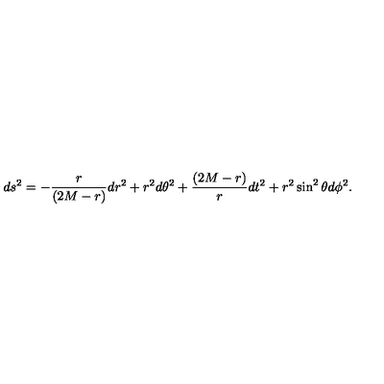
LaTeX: d s ^ { 2 } = - { \frac { r } { ( 2 M - r ) } } d r ^ { 2 } + r ^ { 2 } d \theta ^ { 2 } + { \frac { ( 2 M - r ) } { r } } d t ^ { 2 } + r ^ { 2 } \sin ^ { 2 } \theta d \phi ^ { 2 } .